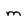
Character: m